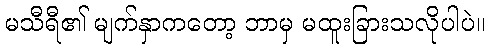
မသီရီ၏ မျက်နှာကတော့ ဘာမှ မထူးခြားသလိုပါပဲ။